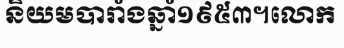
និយមបារាំងឆ្នាំ១៩៥៣។លោក